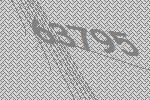
63795